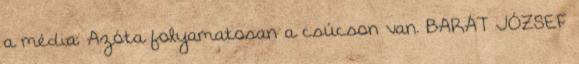
a média. Azóta folyamatosan a csúcson van. BARÁT JÓZSEF